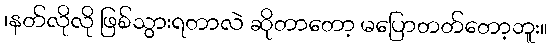
၊နတ်လိုလို ဖြစ်သွားရတာလဲ ဆိုတာတော့ မပြောတတ်တော့ဘူး။